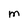
Character: M